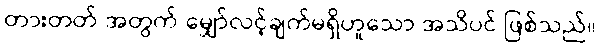
တားတတ် အတွက် မျှော်လင့်ချက်မရှိဟူသော အသိပင် ဖြစ်သည်။